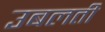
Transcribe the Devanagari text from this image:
उबलती